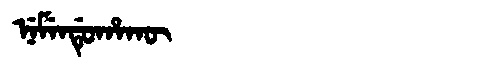
Manchu: ᠨᡝᠮᡝᠨᡩᡠᡥᠠᡴᡡ
Romanization: NEMENDUHAKŪ